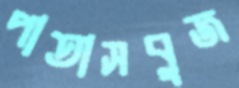
পাতাসবুজ